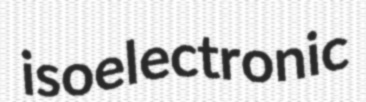
isoelectronic